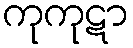
ကုကုဋာ